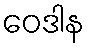
ဝေဒါန